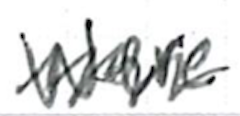
Text: were
Cross-out: mix
Writing tool: ballpoint